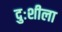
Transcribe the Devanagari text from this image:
दुःशीला